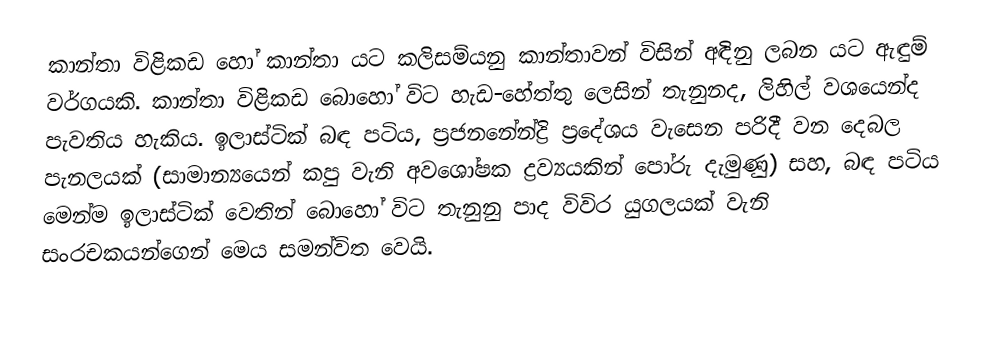
කාන්තා විළිකඩ හෝ  කාන්තා යට කලිසම්යනු  කාන්තාවන් විසින්  අඳිනු ලබන යට ඇඳුම් වර්ගයකි. කාන්තා විළිකඩ බොහෝ විට හැඩ-හේත්තු ලෙසින් තැනුනද, ලිහිල්  වශයෙන්ද පැවතිය හැකිය. ඉලාස්ටික් බඳ පටිය, ප්‍රජනනේන්ද්‍රි ප්‍රදේශය වැසෙන පරිදී වන  දෙබල පැනලයක්  (සාමාන්‍යයෙන් කපු වැනි අවශෝෂක ද්‍රව්‍යයකින් පෝරු දැමුණු) සහ, බඳ පටිය මෙන්ම ඉලාස්ටික් වෙතින් බොහෝ විට තැනුනු පාද විවිර යුගලයක් වැනි සංරචකයන්ගෙන් මෙය සමන්විත වෙයි.